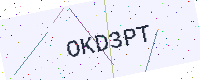
Text: OKD3PT